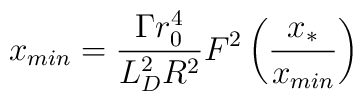
x_{min}=\frac{\Gamma r_0^4}{L_D^2R^2}F^2\left(\frac{x_{*}}{x_{min}}\right)